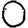
Digit: 0